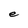
Character: e